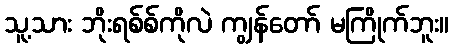
သူ့သား ဘိုးရစ်စ်ကိုလဲ ကျွန်တော် မကြိုက်ဘူး။